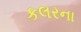
કલરના